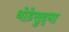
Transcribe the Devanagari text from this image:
थोडेसुद्धा